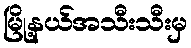
မြို့နယ်အသီးသီးမှ